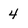
Character: 4